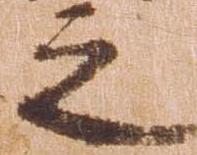
之